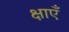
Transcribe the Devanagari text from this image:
क्षाएँ